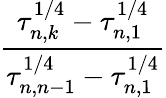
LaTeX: \frac{\tau_{n,k}^{1/4}-\tau_{n,1}^{1/4}}{\tau_{n,n-1}^{1/4}-\tau_{n,1}^{1/4}}